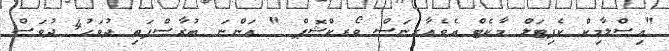
"އިސްލާމިކް ކެޕިޓަލް މާކެޓް އެވެއާރނަސް ވޯރކްޝޮޕް " އަންނަ ބުރާސްފަތި ދުވަހު4 ދުވަސް